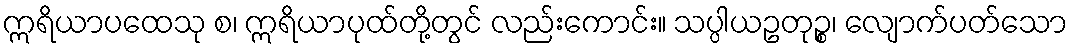
ဣရိယာပထေသု စ၊ ဣရိယာပုထ်တို့တွင် လည်းကောင်း။ သပ္ပါယဥတုဉ္စ၊ လျောက်ပတ်သော